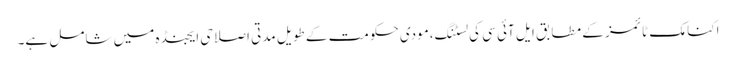
اکنامک ٹائمز کے مطابق ایل آئی سی کی لسٹنگ،مودی حکومت کے طویل مدتی اصلاحی ایجنڈہ میں شامل ہے۔